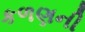
કળણની